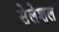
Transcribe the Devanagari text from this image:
सेलेशल